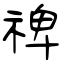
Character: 禆